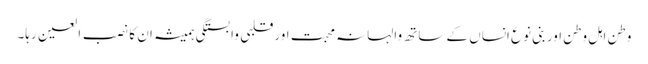
وطن اہل وطن اور بنی نوع انساں کے ساتھ والہانہ محبت اور قلبی وابستگی ہمیشہ ان کا نصب العین رہا۔